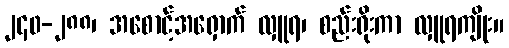
၂၄၀-၂၈၈၊ အစောင့်အရှောက် လှူရ၊ စည်းရိုးကာ လှူရကျိုး။